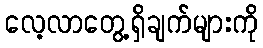
လေ့လာတွေ့ရှိချက်များကို